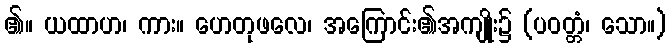
၏။ ယထာဟ၊ ကား။ ဟေတုဖလေ၊ အကြောင်း၏အကျိုး၌ (ပဝတ္တံ၊ သော။)